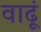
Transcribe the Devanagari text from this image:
वाढूं